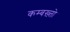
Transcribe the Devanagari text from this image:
कम्बख़्तो